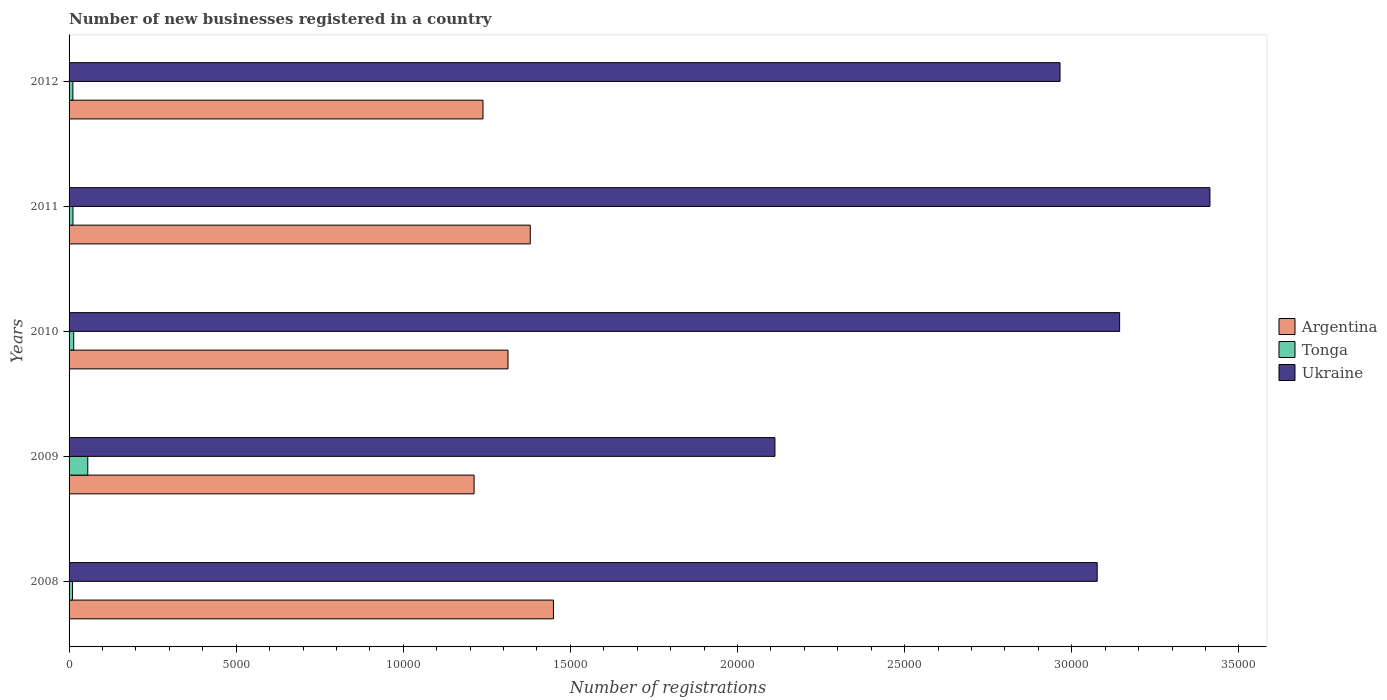
| Years | Argentina | Tonga | Ukraine |
 | --- | --- | --- | --- |
 | 2008 | 1.45e+04 | 103 | 3.08e+04 |
 | 2009 | 1.21e+04 | 560 | 2.11e+04 |
 | 2010 | 1.31e+04 | 139 | 3.14e+04 |
 | 2011 | 1.38e+04 | 116 | 3.41e+04 |
 | 2012 | 1.24e+04 | 114 | 2.96e+04 |